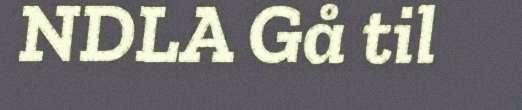
NDLA Gå til